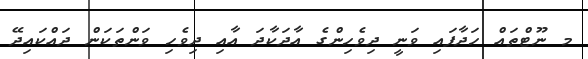
މ ނޫޓްތައް ހަދާފައި ވަނީ ދިވެހިންގެ އާދަކާދަ އާއި ދިވެހި ވަންތަކަން ދައްކައިދޭ